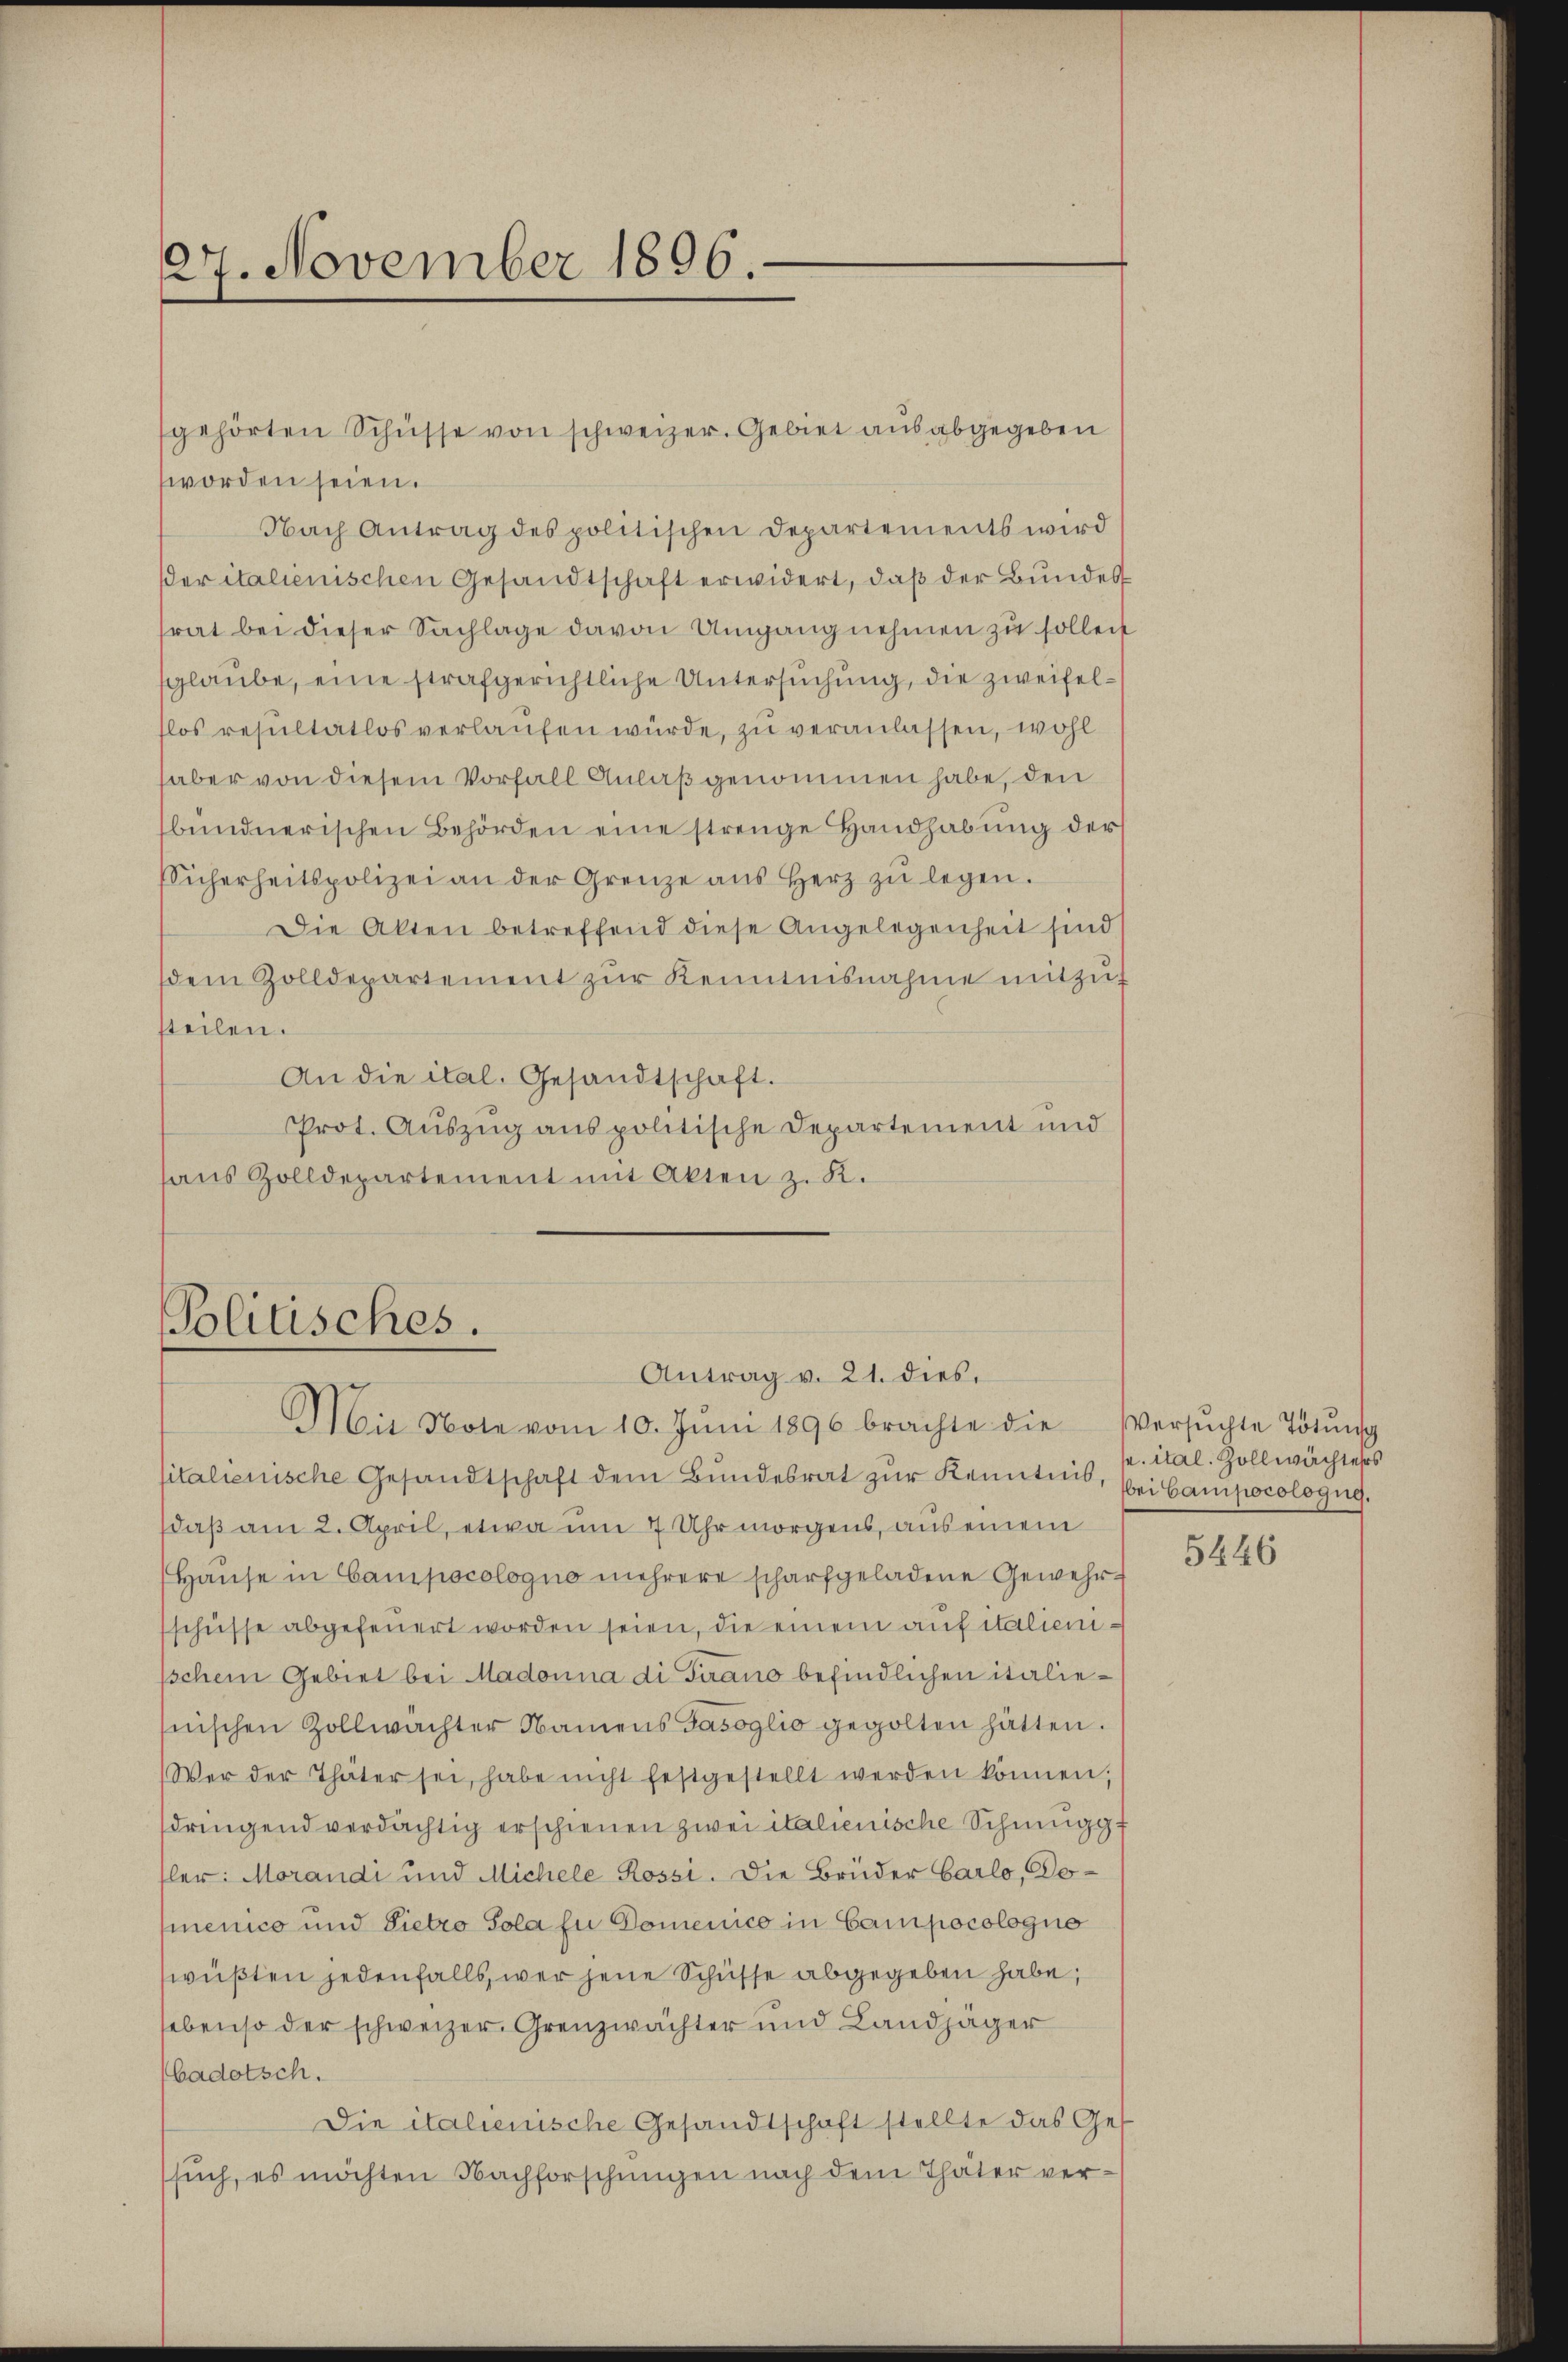
27. November 1896.

gehörten Schüsse von schweizer. Gebiet aus abgegeben
worden seien.
Nach Antrag des politischen Departements wird
der italienischen Gesandtschaft erwidert, daß der Bundes
srat bei dieser Sachlage davon Umgang nehmen zu sollen
sglaube, eine strafgerichtliche Untersuchung, die zweifelflos resultatlos verlaufen würde, zu veranlassen, wohl
haber von diesem Vorfall Anlaß genommen habe, den
bŭndnerischen Behörden eine strenge Handhabŭng der
Sicherheitspolizei an der Grenze ans Herz zŭ legen.
Die Akten betreffend diese Angelegenheit sind
sdem Zolldepartement zŭr Kenntnisnahme mitzuf
steilen.
An die ital. Gesandtschaft.
Prot. Auszug aus politische Departement und
aŭs Zolldepartement mit Akten z. K.

sitalienische Gesandtschaft dem Bundesrat zur Kenntnis, bei Gampocologug.
daß am 2. April, etwa um 7 Uhr morgens, aus einem
Hause in Campocologno mehrere scharfgeladene Gewehrschüsse abgefeuert worden seien, die einem auf italieni¬
'schem Gebiet bei Madonna di Firano befindlichen italienischen Zollwachter Namens Gasoglio gegolten hätten.
Wer der Thäter sei, habe nicht festgestellt werden können;
dringend verdächtig erschienen zwei italienische Schmugg
fler: Morandi und Michele Rossi. Die Brüder Carlo, Domenico und Pietro Sola zu Domenico in Campocologno
wüßten jedenfalls wer jene Schüsse abgegeben habe;
sebenso der schweizer. Grenzwächter und Landjäger
badotsch.
Die italienische Gesandtschaft stellte das Ges
such, es möchten Nachforschungen nach dem Thäter ver¬

Politisches.
Antrag v. 21. dies
Mit Note vom 10. Juni 1896 brachte die

Versuchte Tötung
. ital. Zollwächters

5446